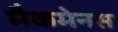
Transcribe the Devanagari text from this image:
मैकमेनस